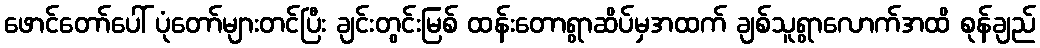
ဖောင်တော်ပေါ် ပုံတော်များတင်ပြီး ချင်းတွင်းမြစ် ထန်းတောရွာဆိပ်မှအထက် ချစ်သူရွာလောက်အထိ စုန်ချည်